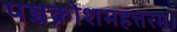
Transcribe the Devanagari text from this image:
पञ्चक्रोशमहत्तरम।